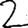
Digit: 2